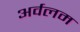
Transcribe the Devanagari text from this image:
अर्वलम